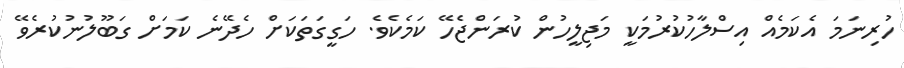
ހުރިނަމަ އެކަމެއް އިސްލާހުކުރުމަކީ މަޖިލީހުން ކުރަންޖެހޭ ކަމެކެވެ. ހަގީގަތަކަށް ހެދޭނެ ކަމަށް ގަބޫލުނުކުރެވޭ